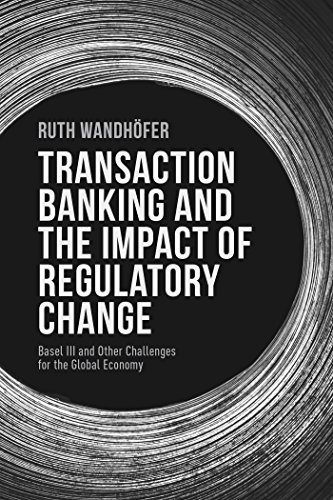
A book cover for The Regulatory Black Hole: Basel III and Other Challenges for Transaction Banking and the Global Economy; Ruth WandhÃ¶fer; Law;